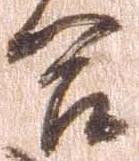
合